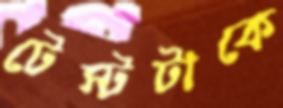
টেস্টটাকে